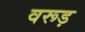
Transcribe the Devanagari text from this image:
वरूड़